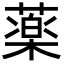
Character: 薬